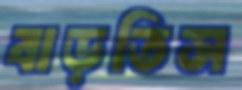
বাড়তিস